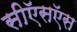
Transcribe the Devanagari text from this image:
सीऍसऍस